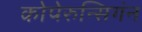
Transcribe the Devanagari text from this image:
कोपेरुन्सिगंन